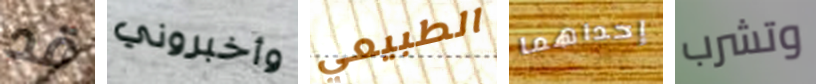
قد وأخبروني الطبيعي إحداهما وتشرب